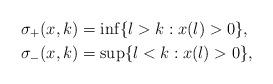
LaTeX: \begin{align*}\sigma_+(x,k) &= \inf \{l > k: x(l) > 0 \}, \\\sigma_-(x,k) &= \sup \{l < k: x(l) > 0 \},\end{align*}